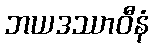
ဘယဒဿာဝီနံ